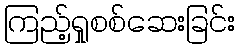
ကြည့်ရှုစစ်ဆေးခြင်း